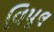
વિપૂલ